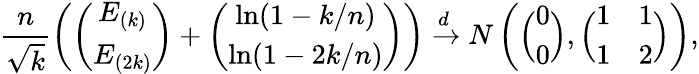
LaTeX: \frac{n}{\sqrt{k}}\left(\left(\begin{array}{c}{E_{(k)}}\\ {E_{(2k)}}\end{array}\right)+\left(\begin{array}{c}{\ln(1-k/n)}\\ {\ln(1-2k/n)}\end{array}\right)\right)\xrightarrow{d}N\left(\Big(\begin{array}{c}{0}\\ {0}\end{array}\Big),\Big(\begin{array}{cc}{1}&{1}\\ {1}&{2}\end{array}\Big)\right),